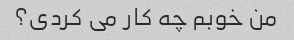
من خوبم چه کار می کردی؟